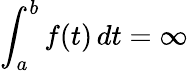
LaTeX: \int_{a}^{b}f(t)\, dt=\infty